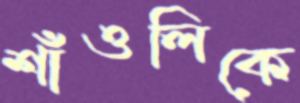
শাঁওলিকে